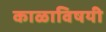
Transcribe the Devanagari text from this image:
काळाविषयी